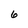
Character: 6